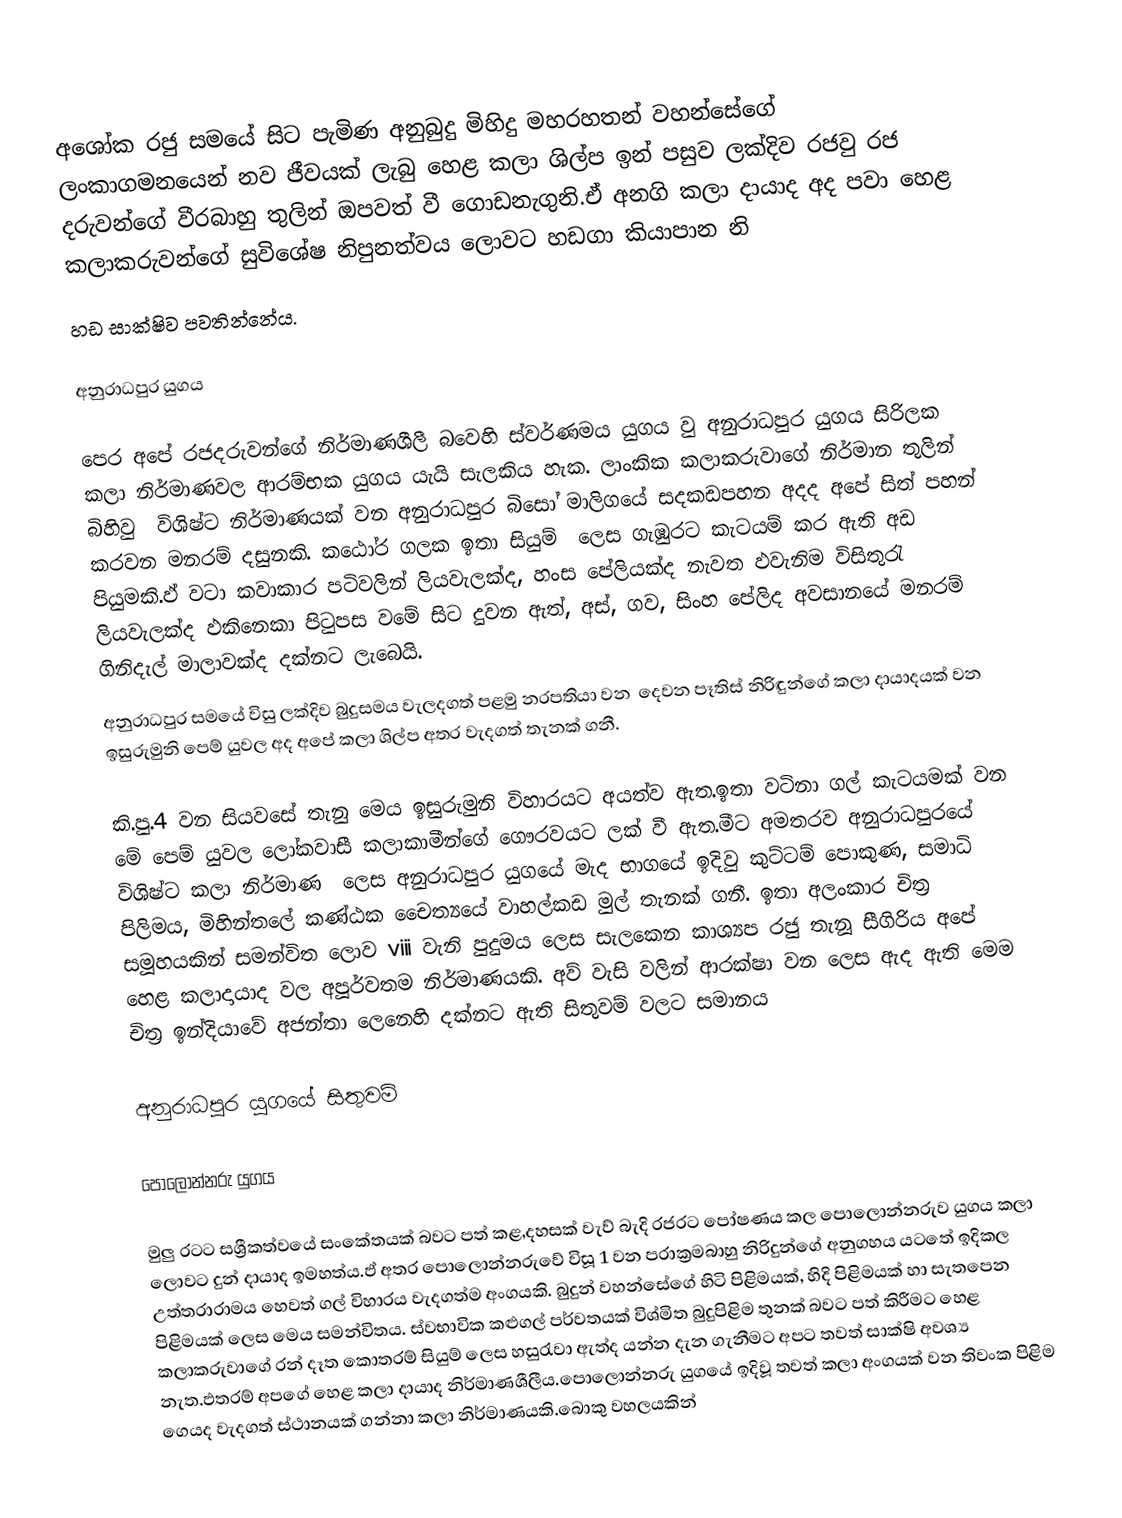
අ‍‍‍ශෝක රජු සමයේ සිට පැමිණ අනුබුදු මිහිදු මහරහතන් වහන්සේගේ ලංකාගමනයෙන් නව ජීවයක් ලැබු හෙළ කලා ශිල්ප ඉන් පසුව ලක්දිව රජවු රජ දරුවන්ගේ වීරබාහු තුලින් ඔපවත් වී  ගොඩනැගුනි.ඒ අනගි කලා දායාද අද පවා හෙළ කලාකරුවන්ගේ සුවිශේෂ නිපුනත්වය ලොවට හඩගා කියාපාන නි
හඩ සාක්ෂිව පවතින්නේය.

අනුරාධපුර යුගය

පෙර අපේ රජදරුවන්ගේ නිර්මාණශීලී බ‍වෙහි ස්වර්ණමය යුගය වු අනුරාධපුර යුගය ‍‍‍‍‍‍‍‍‍‍‍‍‍‍‍‍‍‍‍‍‍‍‍‍සිරිලක කලා නිර්මාණවල ආරම්භක යුගය ‍‍‍‍‍‍‍‍‍යැයි සැලකිය හැක. ‍‍‍ලාංකික කලාකරුවා‍‍‍‍‍‍‍ගේ නිර්මාන තුලින් බිහිවු ‍‍‍‍‍‍‍‍‍‍ ‍‍‍විශිෂ්ට නිර්මාණයක් වන අනුරාධපුර බි‍‍‍‍‍‍‍‍‍‍‍‍‍‍‍‍‍‍‍‍‍‍සෝ මාලිග‍‍‍‍‍‍යේ සදකඩපහන අදද අ‍‍‍පේ  ‍‍‍‍‍සිත් පහන් කරවන මනරම් දසුනකි. ක‍‍‍‍‍‍‍‍‍‍ඨෝර ගලක ඉතා  සියුම් ‍‍‍ ‍‍‍ලෙස ගැඹුරට කැටයම් කර ඇති අඩ පියුමකි.ඵ් වටා කවාකාර පටිවලින් ලියවැලක්ද, හංස ‍‍‍‍‍‍‍‍‍පේලියක්ද නැවත ඵවැනිම විසිතුරැ ‍‍‍‍‍‍ලියවැලක්ද ඵකි‍‍‍‍‍‍නෙකා පිටුපස ව‍‍‍‍‍‍මේ  සිට දුවන ඇත්, අස්, ගව, සිංහ ‍‍‍‍‍‍පේලිද අවසාන‍‍‍‍‍‍යේ  මනරම් ගිනිදැල් මාලාවක්ද දක්නට ලැ‍‍‍බෙයි.
අනුරාධපුර සම‍‍‍‍‍‍‍‍‍යේ විසු ලක්දිව බුදුසමය වැලදගත් පළමු නරපතියා වන ‍‍‍‍‍‍‍‍‍ ‍‍‍දෙවන පෑතිස් නිරිඳුන්‍‍‍‍‍‍ගේ කලා දායාදයක් වන ඉසුරුමුනි ‍‍‍‍‍‍පෙම් යුවල ‍‍‍‍‍‍අද අ‍‍‍‍‍‍පේ කලා ශිල්ප අතර වැදගත් තැනක් ගනී.

කි.පු.4 වන සියව‍‍‍‍‍‍‍‍‍සේ තැනු ‍‍‍‍‍‍මෙය ඉසුරුමුනි විහාරයට අයත්ව ඇත.ඉතා වටිනා ගල් කැටයමක් වන ‍‍‍මේ  ‍‍‍‍‍‍පෙම් යුවල ලෝකවාසී කලාකාමීන්‍‍‍‍‍‍ගේ ගෞරවයට ලක් වී ඇත.මීට අමතරව අනුරාධපුර‍‍‍යේ  ‍‍‍‍‍‍‍විශිෂ්ට කලා නිර්මාණ ‍‍‍ ‍‍‍‍‍‍ලෙස අනුරාධපුර යුග‍‍‍‍‍‍යේ මැද භාග‍‍‍යේ ඉදිවු කුට්ටම් ‍‍‍‍‍‍‍‍පොකුණ, සමාධි පිලිමය, මිහින්ත‍‍‍ලේ කණ්ඨක ‍‍‍‍‍‍‍‍‍‍‍‍චෛත්‍යයේ වාහල්කඩ  මුල් තැනක් ගනී. ඉතා අලංකාර චිත්‍ර සමූහයකින් සමන්විත ලොව viii වැනි පුදුමය ලෙස සැලකෙන කාශ්‍යප රජු තැනූ සීගිරිය අපේ හෙළ කලාදායාද වල අපූර්වතම නිර්මාණයකි. අව් වැසි වලින් ආරක්ෂා වන ලෙස ඇද ඇති මෙම චිත්‍ර ඉන්දියාවේ අජන්තා ලෙනෙහි දක්නට ඇති සිතුවම් වලට සමානය

අනුරාධපුර යුගයේ සිතුවම්

පොලොන්නරු යුග‍ය

මුලු රටට සශ්‍රීකත්වයේ සංකේතයක් බවට පත් කළ,දහසක් වැව් බැදි රජරට පෝෂණය කල පොලොන්නරුව යුගය කලා ලොවට දුන් දායාද ඉමහත්ය.ඵ් අතර පොලොන්නරුවේ විසූ 1 වන පරාක්‍රමබාහු නිරිදුන්ගේ අනුගහය යටතේ ඉදිකල උත්තරාරාමය හෙවත් ගල් විහාරය වැදගත්ම අංගයකි. බුදුන් වහන්සේගේ හිටි පිළිමයක්, හිදි පිළිමයක් හා  සැතපෙන පිළිමයක් ලෙස මෙය සමන්විතය. ස්වභාවික කළුගල් පර්වතයක් විශ්මිත බුදුපිළිම තුනක් බවට පත් කිරීමට හෙළ කලාකරුවාගේ රන් දෑත කොතරම් සියුම් ලෙස හසුරැවා ඇත්ද යන්න දැන ගැනීමට අපට තවත් සාක්ෂි අවශ්‍ය නැත.ඵතරම් අපගේ හෙළ කලා දායාද නිර්මාණශීලීය.පොලොන්නරු යුග‍යේ ඉදිවූ තවත් කලා අංගයක් වන තිවංක පිළිම ගෙයද වැදගත් ස්ථානයක් ගන්නා කලා නිර්මාණයකි.බොකු වහලයකින්